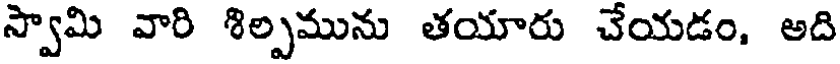
స్వామి వారి శిల్పమును తయారు చేయడం, అది